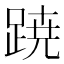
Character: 𮛡